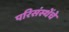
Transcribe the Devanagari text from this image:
परिसंस्थेंचे